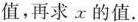
值，再求x的值.